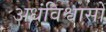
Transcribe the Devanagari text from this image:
अधंविश्वासों